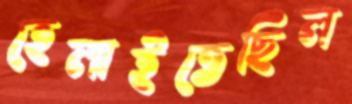
হেলাইতেছিল